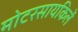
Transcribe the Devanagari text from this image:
मोटरसायकिलें